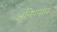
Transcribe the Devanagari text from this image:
अनिष्पाद्य